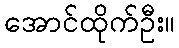
အောင်ထိုက်ဦး။